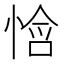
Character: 𫺧